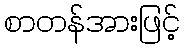
စာတန်အားဖြင့်